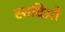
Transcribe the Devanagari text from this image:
स्तदिओ